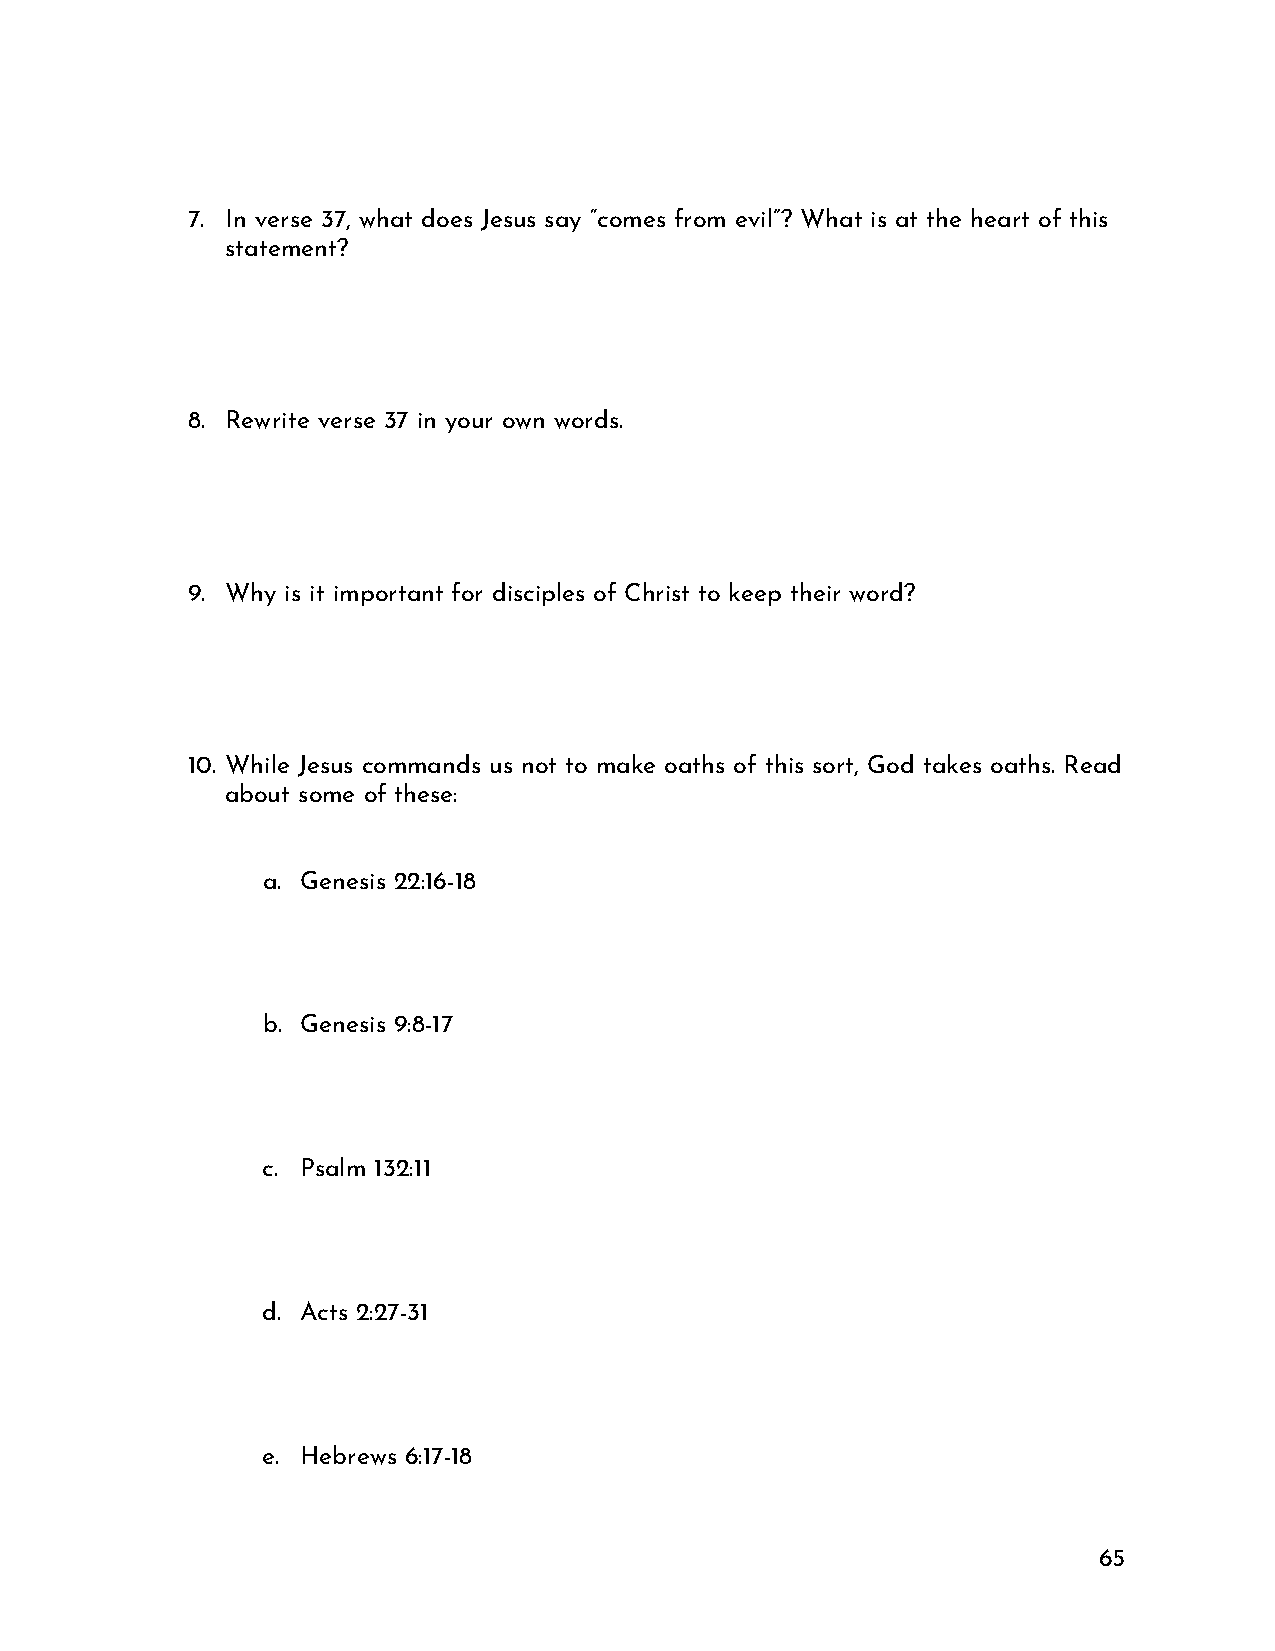
7. In verse 37, what does Jesus say “comes from evil”? What is at the heart of this
 statement?
 8. Rewrite verse 37 in your own words.
 9. Why is it important for disciples of Christ to keep their word?
 10. While Jesus commands us not to make oaths of this sort, God takes oaths. Read
 about some of these:
 a. Genesis 22:16-18
 b. Genesis 9:8-17
 c. Psalm 132:11
 d. Acts 2:27-31
 e. Hebrews 6:17-18
 65